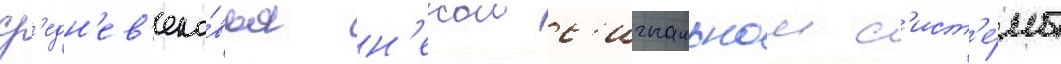
ср'едн'ев'еко́вья н'екои с'игнальнои с'ист'е́мы